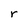
Character: r